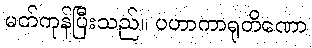
မတ်ကုန်ပြီးသည်။ ပဟာကာရုတိဏော